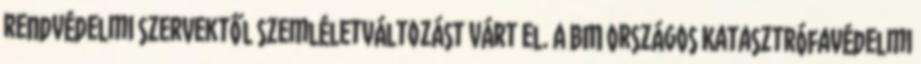
rendvédelmi szervektől szemléletváltozást várt el. A BM Országos Katasztrófavédelmi